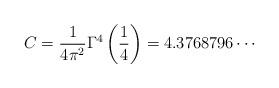
LaTeX: \begin{align*}C=\frac{1}{4\pi^{2}}\Gamma^{4}\left(\frac{1}{4}\right)=4.3768796\cdots\end{align*}